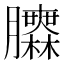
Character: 𦣌